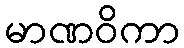
မာဏဝိကာ